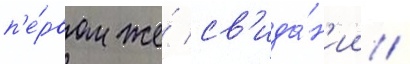
п'е́рвом же́ св'ида́н'ии /